Scientific memoirs by medical officers of the Army of India - Part XI,
Year: 1898
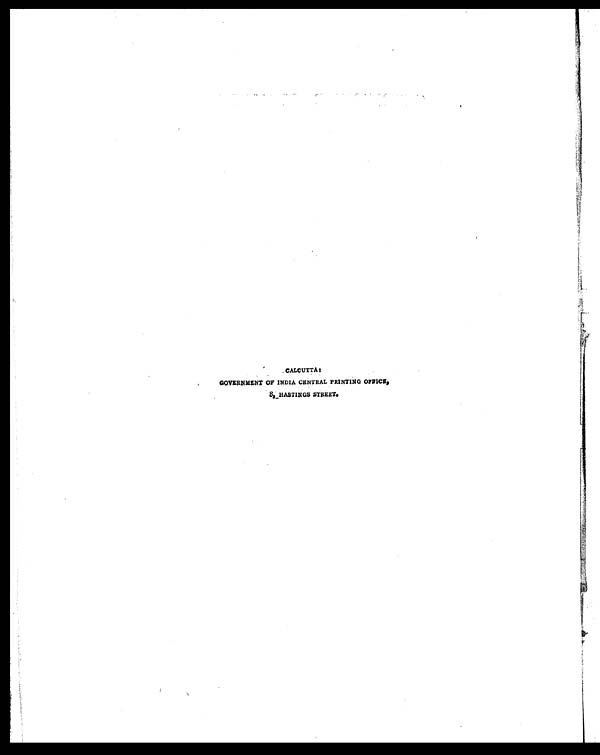
CALCUTTA
GOVERNMENT OF INDIA CENTRAL PRINTING OFFICE,
8,—HASTINGS STREET.